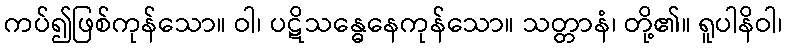
ကပ်၍ဖြစ်ကုန်သော။ ဝါ၊ ပဋိသန္ဓေနေကုန်သော။ သတ္တာနံ၊ တို့၏။ ရူပါနိဝါ၊